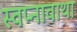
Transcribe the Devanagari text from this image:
स्वप्नावाथा